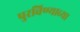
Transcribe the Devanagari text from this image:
पुरविण्याच्या